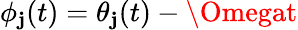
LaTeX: \phi_{\mathbf{j}}(t)=\theta_{\mathbf{j}}(t)-\Omegat